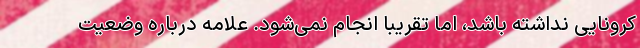
کرونایی نداشته باشد، اما تقریبا انجام نمی‌شود. علامه درباره وضعیت